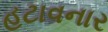
હટાવનાર